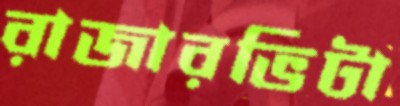
রাজারভিটা